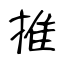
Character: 推